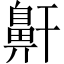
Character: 鼾